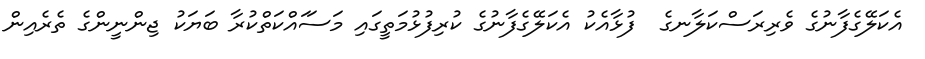
އެކަލޭގެފާނުގެ ވެރިރަސްކަލާނގެ  ފުޅާއެކު އެކަލޭގެފާނުގެ ކުރިފުޅުމަތީގައި މަސަައްކަތްކުރާ ބަޔަކު ޖިންނީންގެ ތެރެއިން